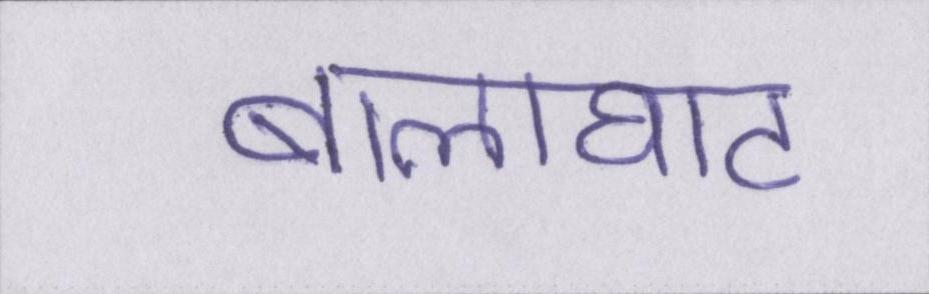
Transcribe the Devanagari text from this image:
बालाघाट